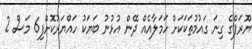
ޔޫރަޕްގެ ގިނަ ގައުމުތަކަކަށް ހަމަލާއެއް ދޭން އުޅުނު ބަޔަކު ހައްޔަރުކޮށްފި6 މަސް 2